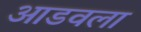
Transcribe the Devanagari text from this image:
आडवला